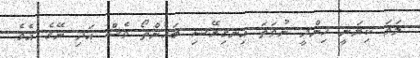
ލަވަ ކިޔަނީ ހިންދީ ނުވަތަ އިނގިރޭސި ބަހުންތޯ ވެސް އަދި ނޭގެ އެވެ.